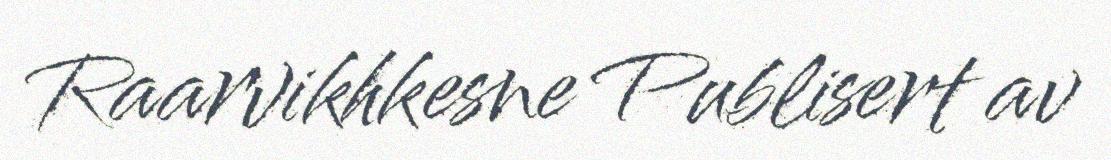
Raarvikhkesne Publisert av